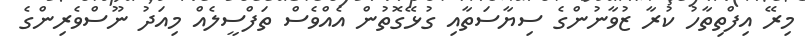
މިރޭ އިފްތިތާހު ކުރާ ޒުވާނުންގެ ސިޔާސަތާއި ގުޅޭގޮތުން އެއްވެސް ތަފްސީލެއް މިއަދު ނޫސްވެރިންގެ